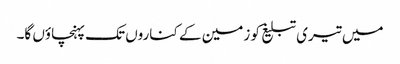
میں تیری تبلیغ کو زمین کے کناروں تک پہنچاؤں گا۔